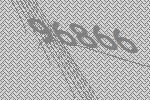
96866